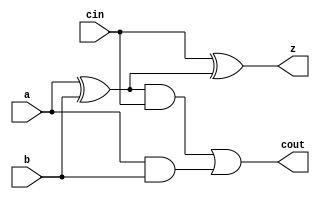
// 8-bit cpu
//-------------
module yAdder1(z, cout, a, b, cin);
  
  output z, cout;
  input a, b, cin;
  
  wire outandl, outandr, outxorl;
  
  xor left_xor(outxorl, a,b);
  xor right_xor(z, cin, outxorl);
  and left_and(outandl, a, b);
  and right_and(outandr, outxorl, cin);
  or my_or(cout, outandr, outandl);
endmodule
//---------------------------------
module yAdder(z, cout, a, b, cin);
  
  output [7:0] z;
  output cout;
  
  input [7:0] a, b;
  input cin;
  
  wire [7:0] in, out;
  
  yAdder1 my_adder[7:0](z, out, a, b, in);
  
  assign in[0] = cin;
  assign in[7:1] = out[6:0];
  
  assign cout = out[7]; // line missing in code tell the TA
endmodule
//-------------------------------------------------------
// 2 bit mux
module yMux(z,a,b,c);
  
  parameter SIZE = 2;
  output [SIZE-1:0] z;
  input  [SIZE-1:0] a,b;
  input  [0:0] c;  // single bit
  
  //assigning 
  yMux1 my_mux[SIZE-1:0](z,a,b,c);
  
  // older way delted
endmodule
//--------------------------------------------------------------------

// describing the mux circuit
//ymux1 module
module yMux1(z,a,b,c);
  output z;
  input a,b,c;
  wire notC, upper, lower;
  
  //Gates and connections
  not my_not(notC,c);
  and And1(upper,a,notC);
  and And2(lower,c,b);
  or my_or(z,upper,lower);
endmodule
//-------------------------------------------------------------------
module yMux4to1(z,a0,a1,a2,a3,c);
  parameter SIZE = 2;
  output [SIZE-1:0] z;
  input [SIZE-1:0] a0,a1,a2,a3;
  input[1:0] c;
  wire [SIZE-1:0] zlo ,zhi;
  yMux #(SIZE) lo(zlo, a0, a1, c[0]);
  yMux #(SIZE) hi(zhi, a2, a3, c[0]);
  yMux #(SIZE) final(z, zlo, zhi, c[1]);
endmodule
//------------------------------------------------------------------------
module yArith(z, cout, a, b,ctrl);
 // we are renaming cin to ctrl
  // if ctrl = 0 add
  // if ctrl = 1 sub
  
  output [7:0] z;
  output cout;
  input [7:0] a, b;
  input ctrl;
  wire [7:0] notB, tmp;
  wire cin;
  
  not my_not[7:0](notB, b);
  yMux #(8) mux(tmp, b, notB, ctrl);
  assign cin = ctrl;
  yAdder add(z, cout, a, tmp, cin);
endmodule
//--------------------------------------------------------------------------
// 8 bit ALU with added SLT
module yAlu(z, zero, a, b, op);
  input[7:0] a, b;
  input [2:0] op;
  output [7:0] z;
  output zero;
  
  wire [7:0] zAnd, zOr, zAr, slt;
  wire condition , cout;
  
  // for slt
  assign slt[7:1] = 0; // hard coded ; //SLT
  xor (condition, a[7], b[7]);
  yMux #(1) sltMux(slt[0], zAr[7], a[7], condition);
  
  // other ops
  
  and my_and[7:0](zAnd, a, b);
  or my_or[7:0](zOr, a, b);
  yArith my_arith(zAr, cout, a, b, op[2]);
  yMux4to1 #(8) my_mux(z, zAnd, zOr, zAr, slt, op[1:0]);
  
  // added support for z = 0 for all bits[7;0]
  
  wire z1;
  or or1[0:0](z1, z[7],z[6],z[5],z[4],z[3],z[2],z[1],z[0]);
  not last(zero, z1);
  // we are gonna check is this condition becomes true
endmodule
//------------------------------------------------------------------